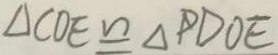
\Delta C O E \cong \Delta P D O E